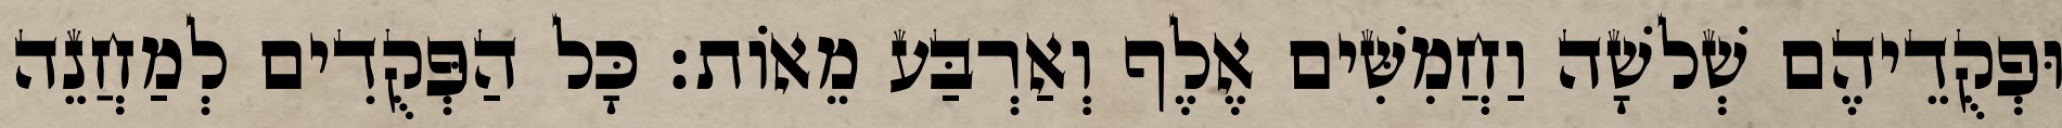
וּפְקֻדֵיהֶם שְׁלשָׁה וַחֲמִשִּׁים אֶלֶף וְאַרְבַּע מֵאוֹת׃ כָּל הַפְּקֻדִים לְמַחֲנֵה